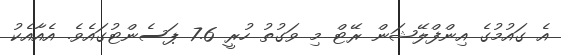
އެ ގައުމުގެ އިންފްލޭޝަން ރޭޓް މި ވަގުތު ހުރީ 7.6 ޕަސެންޓުގައެވެ. އެއާއެކު